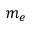
m _ { e }